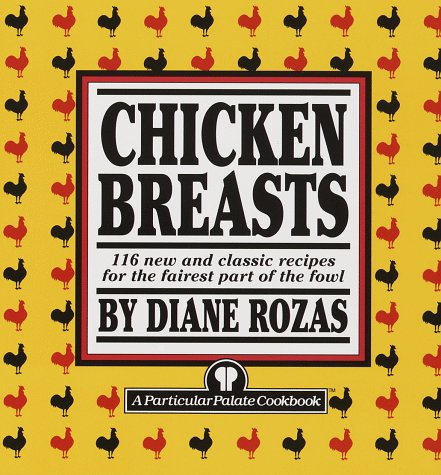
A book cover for Chicken Breasts: 116 New and Classic Recipes for the Fairest Part of the Fowl; Diane Rozas; Cookbooks, Food & Wine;